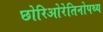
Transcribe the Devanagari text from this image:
छोरिओरेतिनोपथ्य